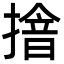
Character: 摿